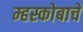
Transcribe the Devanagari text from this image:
म्हस्कोबाचे